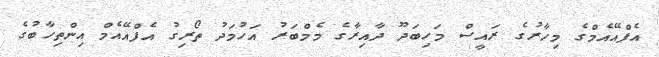
އެފްއޭއެމްގެ މިހާރުގެ ރައީސް މަހިބަދޫ ދާއިރާގެ މެމްބަރު އަހުމަދު ތޯރިގު އެފްއޭއެމް އިންތިހާބުގެ